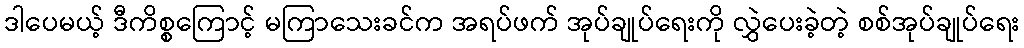
ဒါပေမယ့် ဒီကိစ္စကြောင့် မကြာသေးခင်က အရပ်ဖက် အုပ်ချုပ်ရေးကို လွှဲပေးခဲ့တဲ့ စစ်အုပ်ချုပ်ရေး